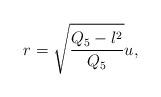
LaTeX: \begin{align*}r = \sqrt{\frac{Q_5 - l^2}{Q_5}}u,\end{align*}